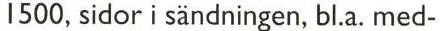
1500, sidor i sändningen, bl.a. med-